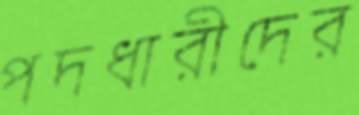
পদধারীদের